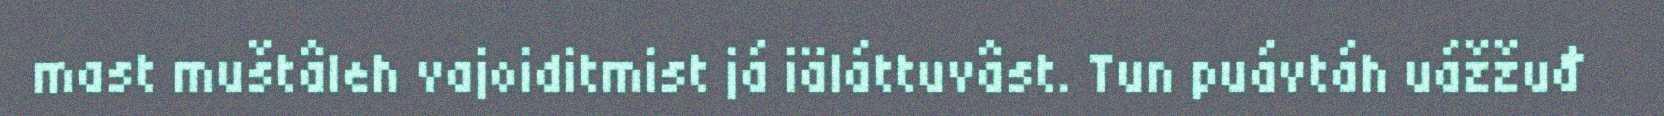
mast muštâleh vajoiditmist já iäláttuvâst. Tun puávtáh uážžuđ